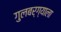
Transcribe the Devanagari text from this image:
गुलबर्ग्याला